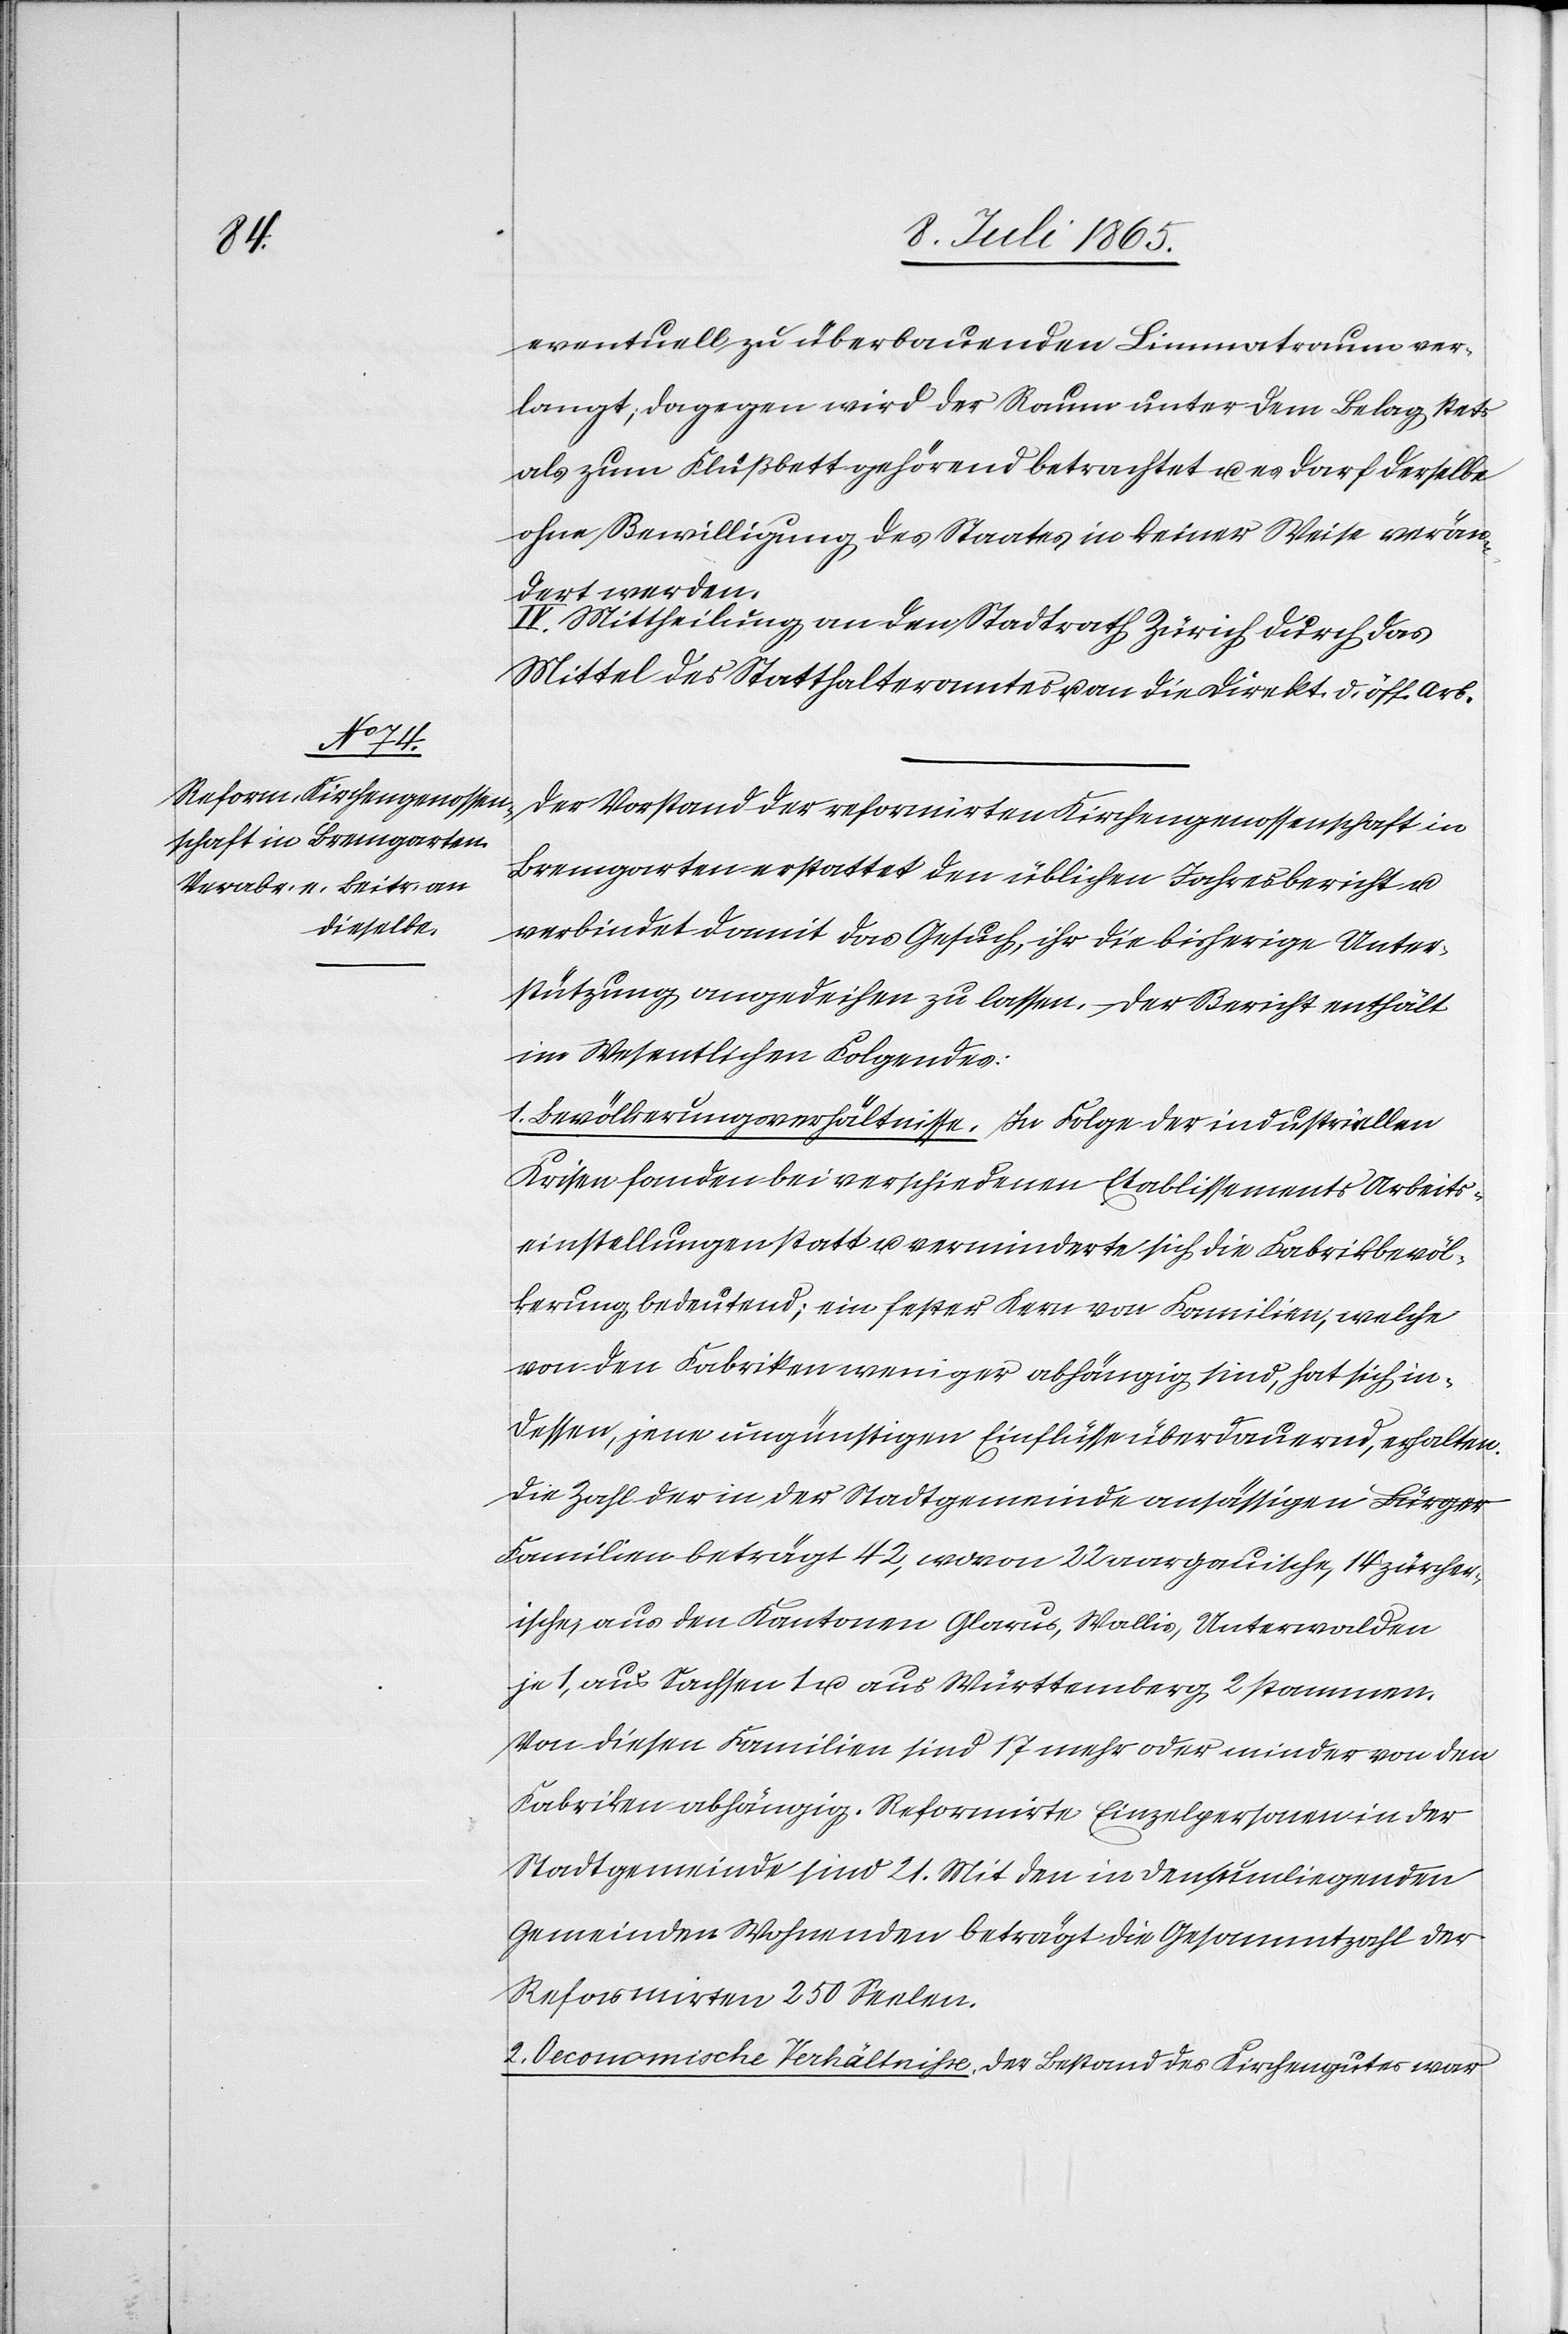
eventuell zu überbauenden Limmatraum ver¬
langt; dagegen wird der Raum unter dem Belag stets
als zum Flüßbett gehörend betrachtet u. es darf derselbe
ohne Bewilligung des Staates in keiner Weise verän¬
dert werden.
IV. Mittheilung an den Stadtrath Zürich durch das
Mittel des Statthalteramtes u. an die Direkt. d. öff. Arb.
Der Vorstand der reformirten Kirchengenossenschaft in
Bremgarten erstattet den üblichen Jahresbericht u.
verbindet damit das Gesuch, ihr die bisherige Unter¬
stützung angedeihen zu lassen. Der Bericht enthält
im Wesentlichen Folgendes:
1. Bevölkerungsverhältnisse. In Folge der industriellen
Krisen fanden bei verschiedenen Etablissements Arbeits¬
einstellungen statt u. verminderte sich die Fabrikbevöl¬
kerung bedeutend; ein fester Kern von Familien, welche
von den Fabriken weniger abhängig sind, hat sich in¬
dessen, jene ungünstigen Einflüsse überdauernd, erhalten.
Die Zahl der in der Stadtgemeinde ansässigen Bürger
Familien beträgt 42, wovon 22 aargauische, 14 zürcher¬
ische; aus den Kantonen Glarus, Wallis, Unterwalden
je 1, aus Sachsen 1 u. aus Württemberg 2 stammen.
Von diesen Familien sind 17 mehr oder minder von den
Fabriken abhängig. Reformirte Einzelpersonen in der
Stadtgemeinde sind 21. Mit den in den umliegenden
Gemeinden Wohnenden beträgt die Gesammtzahl der
Reformirten 250 Seelen.
2. Oeconomische Verhältnisse. Der Bestand des Kirchengutes war